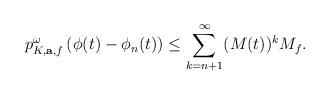
LaTeX: \begin{align*}p^{\omega}_{K,\mathbf{a},f}\left(\phi(t)-\phi_n(t)\right)\le\sum_{k=n+1}^{\infty} (M(t))^kM_f.\end{align*}